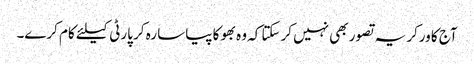
آج کا ورکر یہ تصور بھی نہیں کرسکتا کہ وہ بھوکا پیاسا رہ کر پارٹی کیلئے کام کرے۔